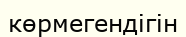
көрмегендігін